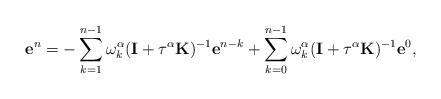
LaTeX: \begin{align*} \textbf{e}^n=-\sum_{k=1}^{n-1}\omega^\alpha_k(\textbf{I}+\tau^\alpha\textbf{K})^{-1}\textbf{e}^{n-k} +\sum_{k=0}^{n-1}\omega^\alpha_k(\textbf{I}+\tau^\alpha\textbf{K})^{-1}\textbf{e}^0,\end{align*}